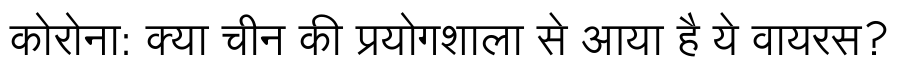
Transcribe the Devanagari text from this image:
कोरोना: क्या चीन की प्रयोगशाला से आया है ये वायरस?